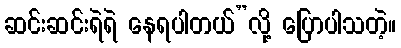
ဆင်းဆင်းရဲရဲ နေရပါတယ်”လို့ ပြောပါသတဲ့။